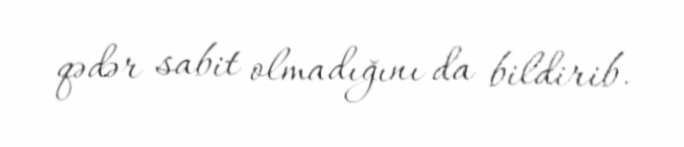
qədər sabit olmadığını da bildirib.